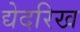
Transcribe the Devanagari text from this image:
द्येदरिख